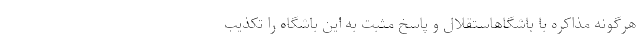
هرگونه مذاکره با باشگاهاستقلال و پاسخ مثبت به این باشگاه را تکذیب